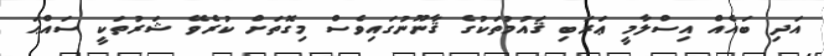
އަދި ބައެއް އިސްލާމީ ޢަރަބި ޤައުމުތަކުގެ ޤާނޫނުގައިވެސް މިގޮތަށް ކުރެވޭ ޝަރުތަކީ ސައްޙަ